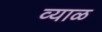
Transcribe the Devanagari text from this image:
व्याळ